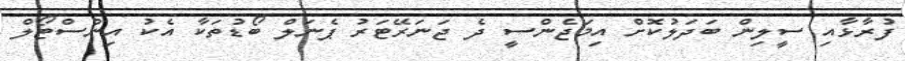
ފުރާޅާއި ސީލިން ބަދަލުކޮށް އިމަޖެންސީ ދެ ޖަނަރޭޓަރު ޕެނަލް ބޯޑުތަކާ އެކު އިންސްޓޯލް